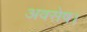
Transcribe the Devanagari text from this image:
अवसेष।